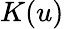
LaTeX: K(u)